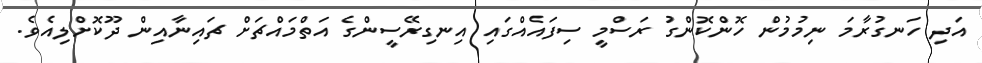
އަދި ހަނގުރާމަ ނިމުމުން ހޮންކޮންގު ރަސްމީ ސިފައެއްގައި އިނގިރޭސީންގެ އަތްމައްޗަށް ޗައިނާއިން ދޫކޮށްލިއެވެ.